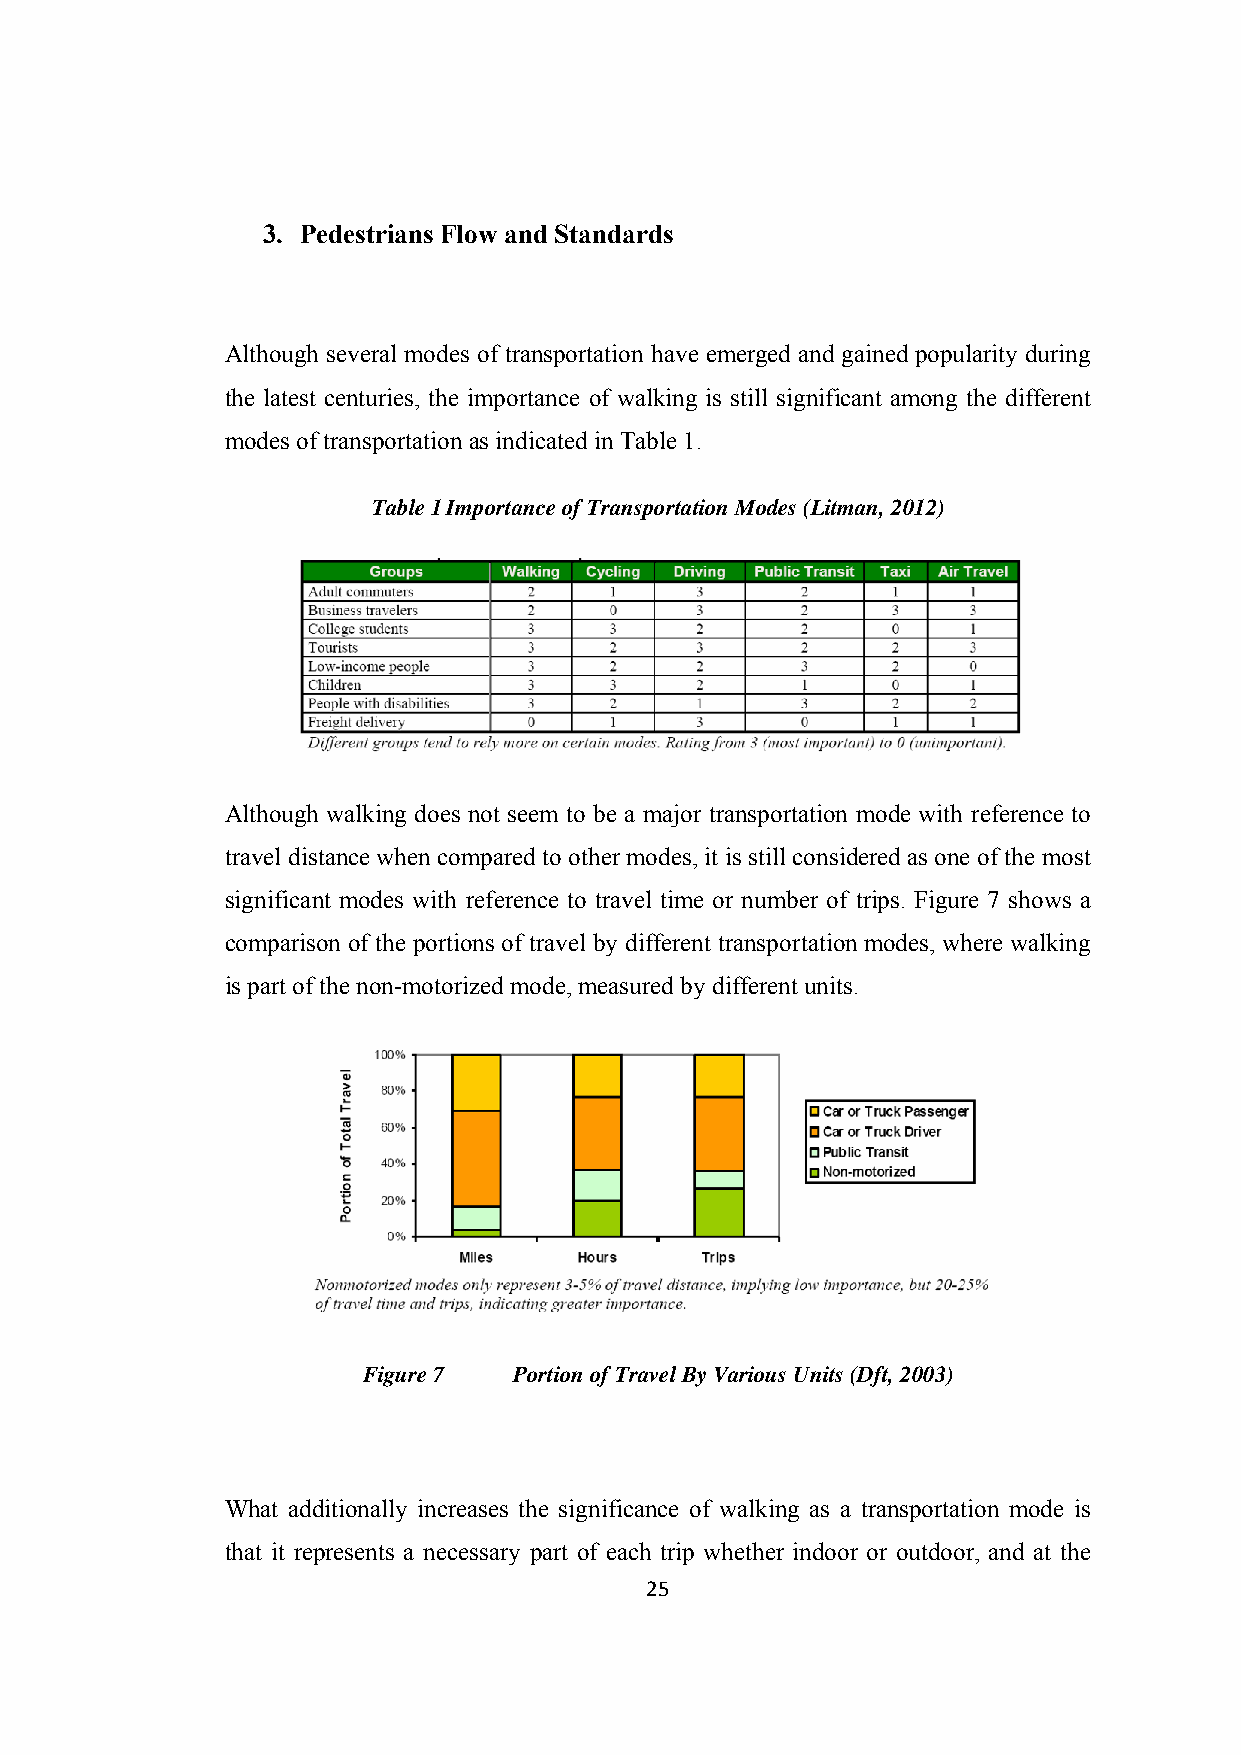
3. Pedestrians Flow and Standards
 Although several modes of transportation have emerged and gained popularity during
 the latest centuries, the importance of walking is still significant among the different
 modes of transportation as indicated in Table 1.
 Table 1 Importance of Transportation Modes (Litman, 2012)
 Although walking does not seem to be a major transportation mode with reference to
 travel distance when compared to other modes, it is still considered as one of the most
 significant modes with reference to travel time or number of trips. Figure 7 shows a
 comparison of the portions of travel by different transportation modes, where walking
 is part of the non-motorized mode, measured by different units.
 Figure 7  Portion of Travel By Various Units (Dft, 2003)
 What additionally increases the significance of walking as a transportation mode is
 that it represents a necessary part of each trip whether indoor or outdoor, and at the
 25